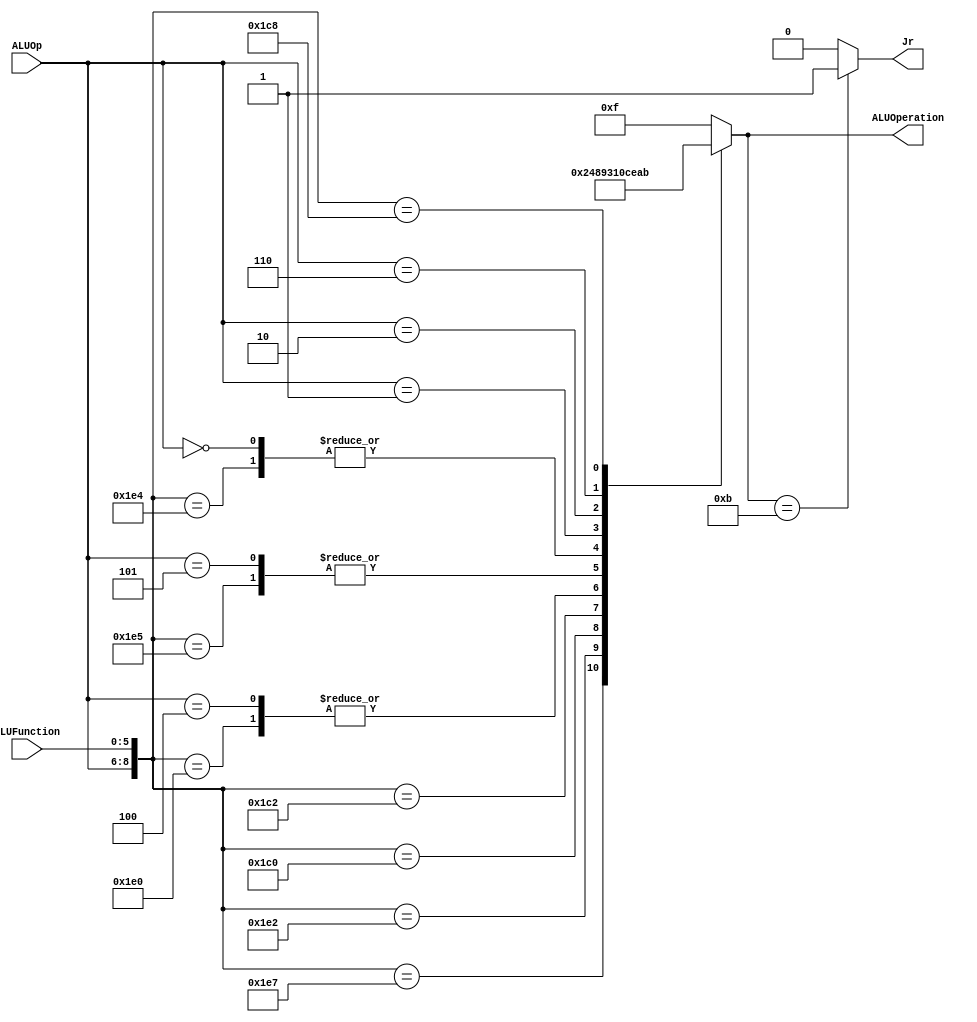
/******************************************************************
* Description
*	This is the control unit for the ALU. It receves an signal called 
*	ALUOp from the control unit and a signal called ALUFunction from
*	the intrctuion field named function.
* Version:
*	1.0
* Author:
*	Dr. Jos Luis Pizano Escalante
* email:
*	luispizano@iteso.mx
* Date:
*	01/03/2014
******************************************************************/
module ALUControl
(
	input [2:0] ALUOp,
	input [5:0] ALUFunction,
	output [3:0] ALUOperation,
	output reg Jr

);

localparam R_Type_AND    = 9'b111_100100;
localparam R_Type_OR     = 9'b111_100101;
localparam R_Type_NOR    = 9'b111_100111;
localparam R_Type_ADD    = 9'b111_100000;	
localparam R_Type_SUB 	 = 9'b111_100010;
localparam R_Type_SLL 	 = 9'b111_000000;
localparam R_Type_SRL    = 9'b111_000010;
localparam R_Type_JR     = 9'b111_001000;

localparam I_Type_ADDI   = 9'b100_xxxxxx;
localparam I_Type_ORI    = 9'b101_xxxxxx;
localparam I_Type_ANDI   = 9'b000_xxxxxx;
localparam I_Type_LUI	 = 9'b010_xxxxxx;
localparam I_Type_BEQ 	 = 9'b001_xxxxxx;
localparam I_Type_SW_LW  = 9'b110_xxxxxx;


reg [3:0] ALUControlValues;
wire [8:0] Selector;
assign Selector = {ALUOp, ALUFunction};

always@(Selector)begin
	casex(Selector)
		R_Type_AND:    ALUControlValues = 4'b0000;
		R_Type_OR: 		ALUControlValues = 4'b0001;
		R_Type_NOR: 	ALUControlValues = 4'b0010;
		R_Type_ADD: 	ALUControlValues = 4'b0011;
		R_Type_SUB:    ALUControlValues = 4'b0100;
		R_Type_SLL:    ALUControlValues = 4'b1000;
		R_Type_SRL:    ALUControlValues = 4'b1001;
		I_Type_ADDI: 	ALUControlValues = 4'b0011;
		I_Type_ORI: 	ALUControlValues = 4'b0001;
		I_Type_ANDI:   ALUControlValues = 4'b0000;
		I_Type_BEQ:		ALUControlValues = 4'b1100;
		I_Type_LUI: 	ALUControlValues = 4'b1110;
		I_Type_SW_LW:  ALUControlValues = 4'b1010;
		R_Type_JR:     ALUControlValues = 4'b1011;
		default: ALUControlValues = 4'b1111;
	endcase
		Jr = (ALUControlValues == 4'b1011) ? 1'b1 : 1'b0;
end


assign ALUOperation = ALUControlValues;

endmodule
//alucontrol//